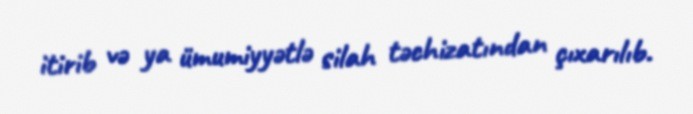
itirib və ya ümumiyyətlə silah təchizatından çıxarılıb.